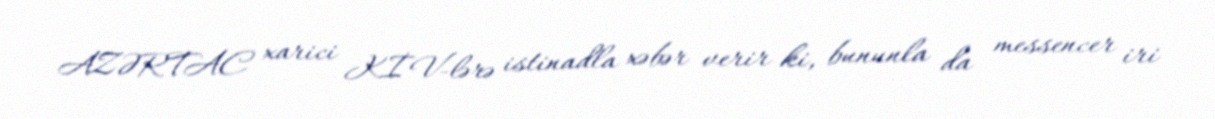
AZƏRTAC xarici KİV-lərə istinadla xəbər verir ki, bununla da messencer iri